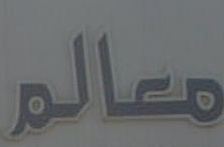
معالم